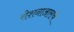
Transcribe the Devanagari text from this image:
रोशनाआरांचे